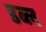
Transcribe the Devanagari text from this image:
डब्ल